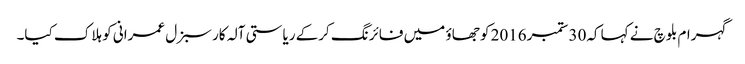
گہرام بلوچ نے کہا کہ30 ستمبر2016 کو جھاؤ میں فائرنگ کرکے ریاستی آلہ کار سبزل عمرانی کو ہلاک کیا۔